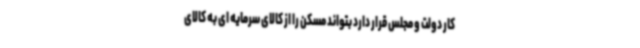
کار دولت و مجلس قرار دارد بتواند مسکن را از کالای سرمایه ای به کالای